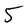
Character: 5